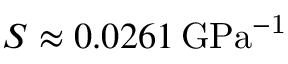
S \approx 0 . 0 2 6 1 \, \mathrm { { G P a } ^ { - 1 } }